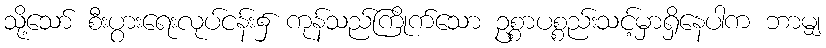
သို့သော် စီးပွားရေးလုပ်ငန်း၌ ကုန်သည်ကြိုက်သော ဥစ္စာပစ္စည်းသင့်မှာရှိနေပါက ဘာမျှ